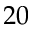
2 0